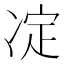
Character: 𠗞